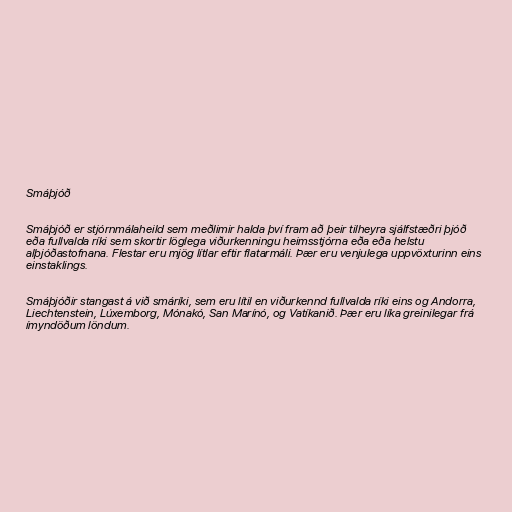
Smáþjóð

Smáþjóð er stjórnmálaheild sem meðlimir halda því fram að þeir tilheyra sjálfstæðri þjóð
eða fullvalda ríki sem skortir löglega viðurkenningu heimsstjórna eða eða helstu
alþjóðastofnana. Flestar eru mjög lítlar eftir flatarmáli. Þær eru venjulega uppvöxturinn eins
einstaklings.

Smáþjóðir stangast á við smáríki, sem eru lítil en viðurkennd fullvalda ríki eins og Andorra,
Liechtenstein, Lúxemborg, Mónakó, San Marínó, og Vatíkanið. Þær eru líka greinilegar frá
ímyndöðum löndum.